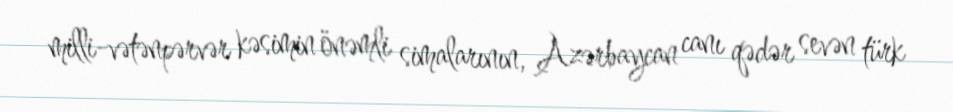
milli-vətənpərvər kəsimin önəmli simalarının, Azərbaycan canı qədər sevən türk